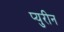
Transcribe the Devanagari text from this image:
प्युरीन